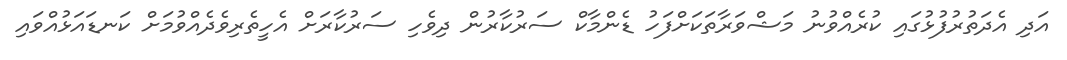
އަދި އެދަތުރުފުޅުގައި ކުރެއްވުނު މަޝްވަރާތަކަށްފަހު ޑެންމާކް ސަރުކާރުން ދިވެހި ސަރުކާރަށް އެހީތެރިވެދެއްވުމަށް ކަނޑައަޅުއްވައި